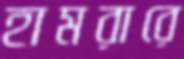
হামরারে